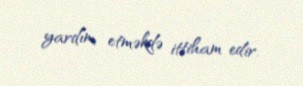
yardım etməkdə ittiham edir.